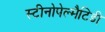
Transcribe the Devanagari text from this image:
स्टीनोपेल्मैटिडी